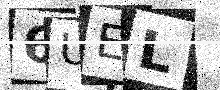
Text: 6UEL